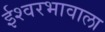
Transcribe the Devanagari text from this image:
ईश्‍वरभावाला